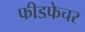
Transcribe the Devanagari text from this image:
फीडफेचर